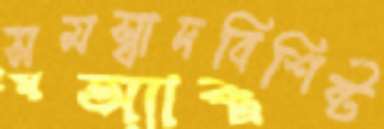
সমস্বাদবিশিষ্ট